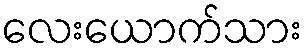
လေးယောက်သား